Medical and sanitary report of the native army of Bengal for the year
Year: 1875
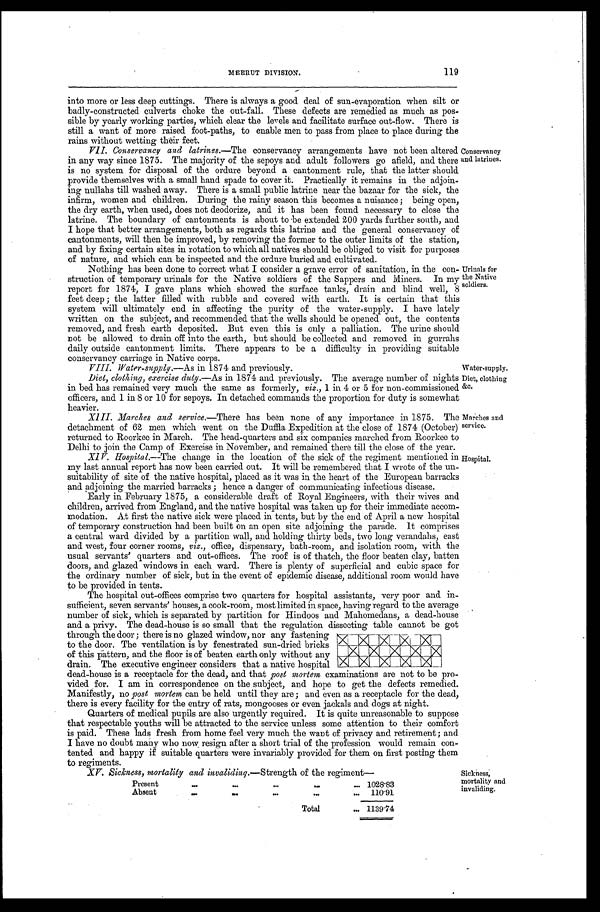
VIII. Water-supply.—As in 1874 and previously.
Water-supplv.
119
MEERUT DIVISION.
into more or less deep cuttings. There is always a good deal of sun-evaporation when silt or
badly-constructed culverts choke the out-fall. These defects are remedied as much as pos
-
sible by yearly working parties, which clear the levels and facilitate surface out-flow. There is
still a want of more raised foot-paths, to enable men to pass from place to place during the
rains without wetting their feet.
VII. Conservancy and latrines.—The conservancy arrangements have not been altered
in any way since 1875. The majority of the sepoys and adult followers go afield, and there
is no system for disposal of the ordure beyond a cantonment rule, that the latter should
provide themselves with a small hand spade to cover it. Practically it remains in the adjoin
-
ing nullahs till washed away. There is a small public latrine near the bazaar for the sick, the
infirm, women and children. During the rainy season this becomes a nuisance; being open,
the dry earth, when used, does not deodorize, and it has been found necessary to close the
latrine. The boundary of cantonments is about to be extended 200 yards further south, and
I hope that better arrangements, both as regards this latrine and the general conservancy of
cantonments, will then be improved, by removing the former to the outer limits of the station,
and by fixing certain sites in rotation to which all natives should be obliged to visit for purposes
of nature, and which can be inspected and the ordure buried and cultivated.
Nothing has been done to correct what I consider a grave error of sanitation, in the con
-
struction of temporary urinals for the Native soldiers of the Sappers and Miners. In my
report for 1874, I gave plans which showed the surface tanks, drain and blind well, 8
feet deep; the latter filled with rubble and covered with earth. It is certain that this
system will ultimately end in affecting the purity of the water-supply. I have lately
written on the subject, and recommended that the wells should be opened out, the contents
removed, and fresh earth deposited. But even this is only a palliation. The urine should
not be allowed to drain off into the earth, but should be collected and removed in gurrahs
daily outside cantonment limits. There appears to be a difficulty in providing suitable
conservancy carriage in Native corps.
Conservancy
and latrines.
Urinals for
the Native
soldiers.
Diet, clothing, exercise duty.— As in 1874 and previously. The average number of nights
in bed has remained very much the same as formerly, viz., 1 in 4 or 5 for non-commissioned
officers, and 1 in 8 or 10 for sepoys. In detached commands the proportion for duty is somewhat
heavier.
XIII. Marches and service.—There has been none of any importance in 1875. The
detachment of 62 men which went on the Duffla Expedition at the close of 1874 (October)
returned to Roorkee in March. The head-quarters and six companies marched from Roorkee to
Delhi to join the Camp of Exercise in November, and remained there till the close of the year.
X I V . H o s p i t a l . —
T h e
change in the location of the sick of the regiment mentioned i
n
my last annual report has now been carried out. It will be remembered that I wrote of the un
-
suitability of site of the native hospital, placed as it was in the heart of the European barracks
and adjoining the married barracks; hence a danger of communicating infectious disease.
Early in February 1875, a considerable draft of Royal Engineers, with their wives and
children, arrived from England, and the native hospital was taken up for their immediate accom
-
modation. At first the native sick were placed in tents, but by the end of April a new hospital
of temporary construction had been built on an open site adjoining the parade. It comprises
a central ward divided by a partition wall, and holding thirty beds, two long verandahs, east
and west, four corner rooms, viz., office, dispensary, bath-room, and isolation room, with the
usual servants' quarters and out-offices. The roof is of thatch, the floor beaten clay, batten
doors, and glazed windows in each ward. There is plenty of superficial and cubic space for
the ordinary number of sick, but in the event of epidemic disease, additional room would have
to be provided in tents.
The hospital out-offices comprise two quarters for hospital assistants, very poor and in
-
sufficient, seven servants' houses, a cook-room, most limited in space, having regard to the average
number of sick, which is separated by partition for Hindoos and Mahomedans, a dead-house
and a privy. The dead-house is so small that the regulation dissecting table cannot be got
through the door; there is no glazed window, nor any fastening
to the door. The ventilation is by fenestrated sun-dried bricks
of this pattern, and the floor is of beaten earth only without any
drain. The executive engineer considers that a native hospital
dead-house is a receptacle for the dead, and that post mortem examinations are not to be pro
-
vided for. I am in correspondence on the subject, and hope to get the defects remedied.
Manifestly, no post, mortem can be held until they are; and even as a receptacle for the dead,
there is every facility for the entry of rats, mongooses or even jackals and dogs at night.
Quarters of medical pupils are also urgently required. It is quite unreasonable to suppose
that respectable youths will be attracted to the service unless some attention to their comfort
is paid. These lads fresh from home feel very much the want of privacy and retirement; and
I have no doubt many who now resign after a short trial of the profession would remain con
-
tented and happy if suitable quarters were invariably provided for them on first posting them
to regiments.
Diet, clothing
&c.
Marches and
service.
Hospital.
XV. Sickness, mortality and invaliding .—Strength of the regiment—
Present . . . 1028.83
Absent . . . 110.91
Total . . . 1139.74
Sickness,
mortality and
invaliding.